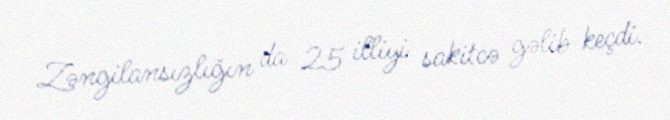
Zəngilansızlığın da 25 illiyi sakitcə gəlib keçdi.